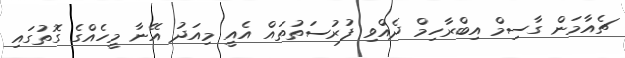
ޗެއާމަން ގާސިމް އިބްރާހިމް ދެއްވި ފުރުސަތުތައް އެއީ މިއަދު އޭނާ މީހެއްގެ ގޮތުގައި